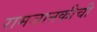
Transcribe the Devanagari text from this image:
रामजानकीची